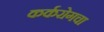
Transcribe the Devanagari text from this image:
कर्करोगचा